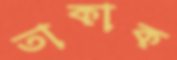
তাকাক